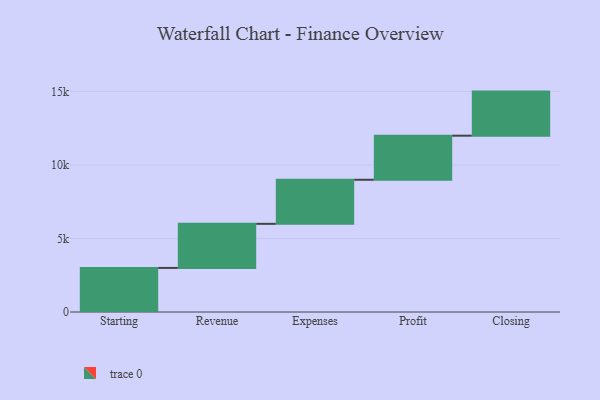
{"axis": {"x": "Step", "y": "Value"}, "legend": [""], "data": [{"x": "Starting", "y": 3000, "type": ""}, {"x": "Revenue", "y": 3000, "type": ""}, {"x": "Expenses", "y": 3000, "type": ""}, {"x": "Profit", "y": 3000, "type": ""}, {"x": "Closing", "y": 3000, "type": ""}]}